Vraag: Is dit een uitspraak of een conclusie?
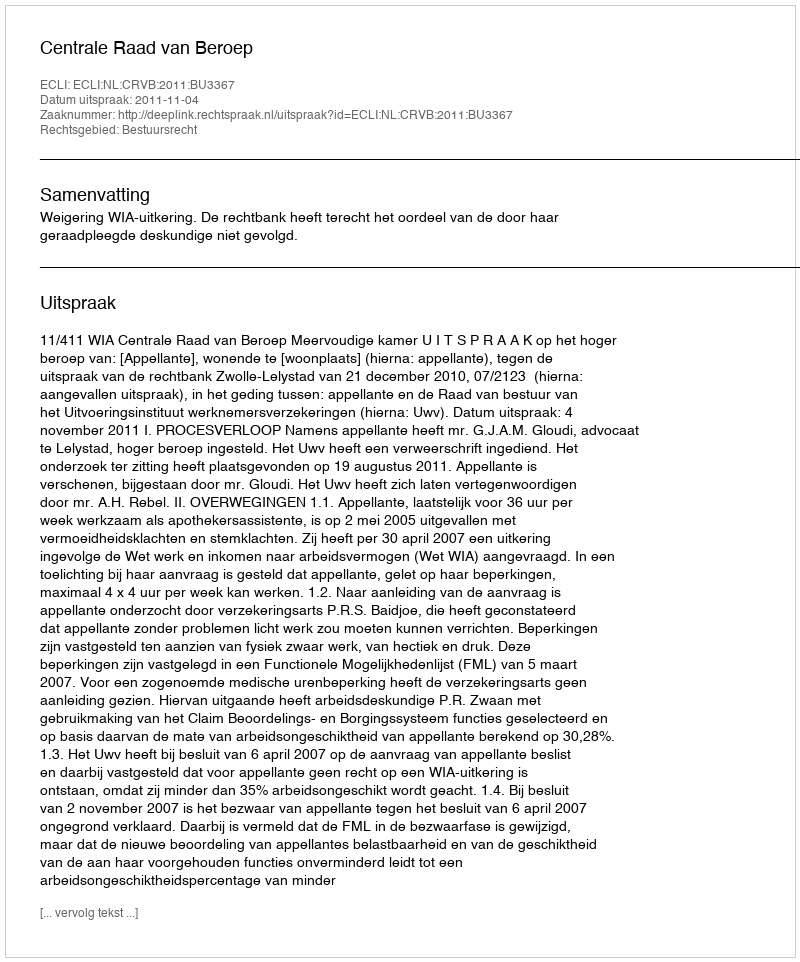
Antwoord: Uitspraak